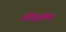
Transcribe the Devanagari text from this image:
औपद्रविक